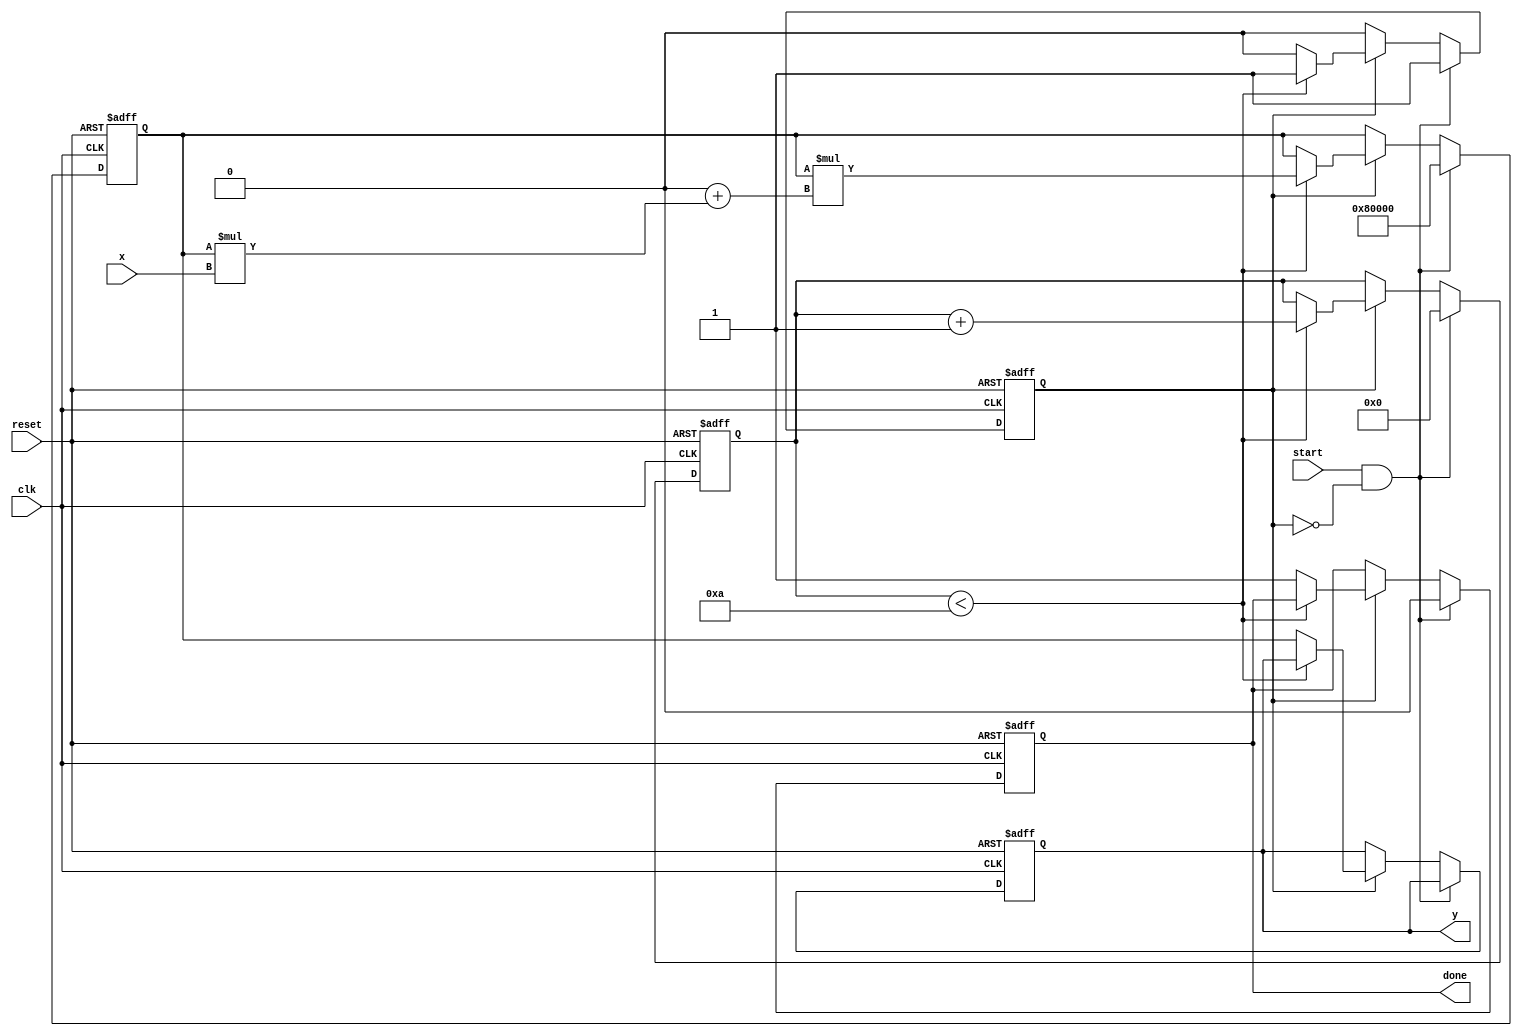
module BinaryFractionalReciprocal #(
    parameter N = 16,  // Input width (bits)
    parameter M = 20   // Output width (bits, M > N)
)(
    input wire clk,
    input wire reset,
    input wire [N-1:0] x,   // Input value in fixed-point (0 < x < 1)
    input wire start,
    output reg [M-1:0] y,    // Output value: 1/x
    output reg done          // Indicates completion of calculation
);

    // Internal registers
    reg [M-1:0] approx;       // Current approximation of reciprocal
    reg [3:0] iteration;      // Iteration counter
    reg busy;                 // Indicates the block is busy processing

    // Constants
    localparam MAX_ITER = 10; // Maximum iterations for convergence (can be adjusted)

    // Logic to compute the reciprocal
    always @(posedge clk or posedge reset) begin
        if (reset) begin
            y <= 0;
            done <= 0;
            approx <= 0;
            iteration <= 0;
            busy <= 0;
        end else if (start && !busy) begin
            // Initialize for calculation
            approx <= {1'b1, {M-1{1'b0}}}; // Initial approximation (1.0, M bits)
            iteration <= 0;
            busy <= 1;
            done <= 0;
        end else if (busy) begin
            if (iteration < MAX_ITER) begin
                // Newton-Raphson Update: approx = approx * (2 - x * approx)
                approx <= approx * ({1'b0, {M-1{1'b0}}} + approx * x);
                iteration <= iteration + 1;
            end else begin
                // Finalize output
                y <= approx;
                done <= 1; // Calculation complete
                busy <= 0; // Ready for next operation
            end
        end
    end
endmodule